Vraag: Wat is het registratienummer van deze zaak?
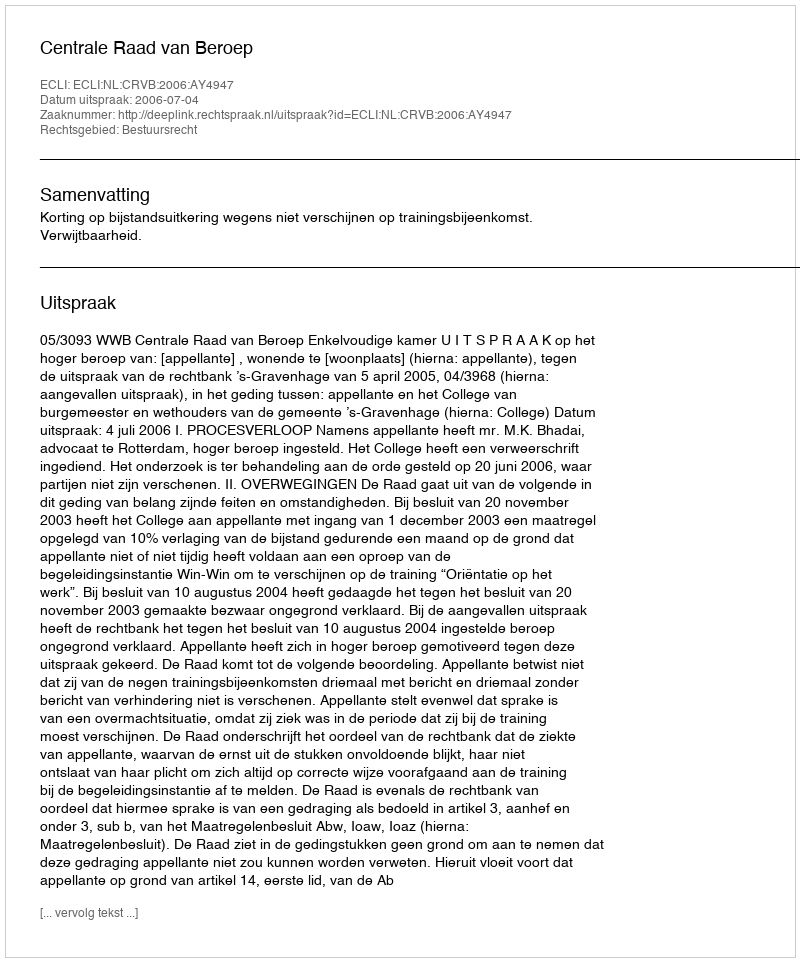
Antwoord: http://deeplink.rechtspraak.nl/uitspraak?id=ECLI:NL:CRVB:2006:AY4947